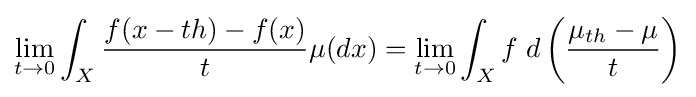
\lim \limits _{t\to 0}\int _{X}{\frac {f(x-th)-f(x)}{t}}\mu (dx)=\lim \limits _{t\to 0}\int _{X}f\;d\left({\frac {\mu _{th}-\mu }{t}}\right)